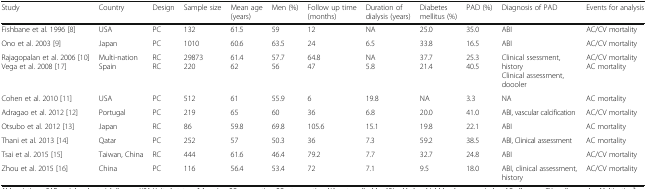
| Study | Country | Design | Sample size | Mean age (years) | Men (%) | Follow up time (months) | Duration of dialysis (years) | Diabetes mellitus (%) | PAD (%) | Diagnosis of PAD | Events for analysis |
 | --- | --- | --- | --- | --- | --- | --- | --- | --- | --- | --- | --- |
 | Fishbane et al. 1996 [8] | USA | PC | 132 | 61.5 | 59 | 12 | NA | 25.0 | 35.0 | ABI | AC/CV mortality |
 | Ono et al. 2003 [9] | Japan | PC | 1010 | 60.6 | 63.5 | 24 | 6.5 | 33.8 | 16.5 | ABI | AC/CV mortality |
 | Rajagopalan et al. 2006 [10]Vega et al. 2008 [17] | Multi-nationSpain | RCRC | 29873220 | 61.462 | 57.756 | 64.847 | NA5.8 | 37.721.4 | 25.340.5 | Clinical ssessment, historyClinical assessment, doooler | AC/CV mortalityAC mortality |
 | Cohen et al. 2010 [11] | USA | PC | 512 | 61 | 55.9 | 6 | 19.8 | NA | 3.3 | NA | AC mortality |
 | Adragao et al. 2012 [12] | Portugal | PC | 219 | 65 | 60 | 36 | 6.8 | 20.0 | 41.0 | ABI, vascular calcification | AC/CV mortality |
 | Otsubo et al. 2012 [13] | Japan | RC | 86 | 59.8 | 69.8 | 105.6 | 15.1 | 19.8 | 22.1 | ABI | AC mortality |
 | Thani et al. 2013 [14] | Qatar | PC | 252 | 57 | 50.3 | 36 | 7.3 | 59.2 | 38.5 | ABI, Clinical assessment | AC mortality |
 | Tsai et al. 2015 [15] | Taiwan, China | RC | 444 | 61.6 | 46.4 | 79.2 | 7.7 | 32.7 | 24.8 | ABI | AC/CV mortality |
 | Zhou et al. 2015 [16] | China | PC | 116 | 56.4 | 53.4 | 72 | 7.1 | 9.5 | 18.0 | ABI, clinical assessment, history | AC/CV mortality |